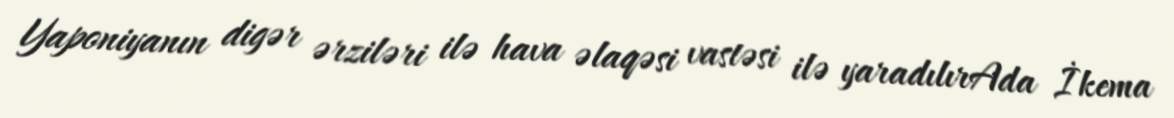
Yaponiyanın digər ərziləri ilə hava əlaqəsi vastəsi ilə yaradılırAda İkema